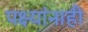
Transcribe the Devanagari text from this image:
पक्ष्यांनाही